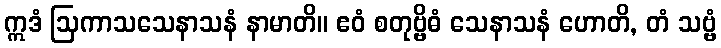
ဣဒံ ဩကာသသေနာသနံ နာမာတိ။ ဧဝံ စတုဗ္ဗိဓံ သေနာသနံ ဟောတိ, တံ သဗ္ဗံ